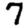
Digit: 7